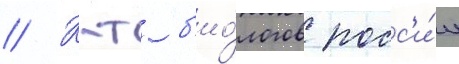
// К-т б'ио́логов росс'и́и